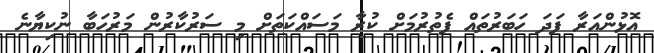
އޮޅުންއަރާ ފަދަ ހަބަރުތައް ފެތުރުމަށް ކުރާ މަސައްކަތަށް މި ސަރުކާރުން މަރުހަބާ ނުކިޔާނެ